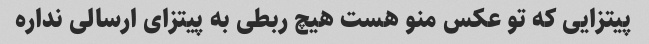
پیتزایی که تو عکس منو هست هیچ ربطی به پیتزای ارسالی نداره